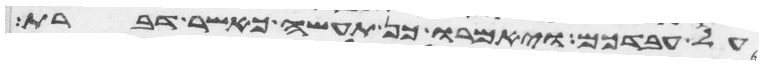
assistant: על עבדכם ויאמרו כן תעשה כאשר דברת